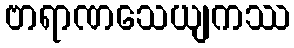
ဗာရာဏသေယျကဿ